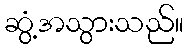
ဆွံ့အသွားသည်။